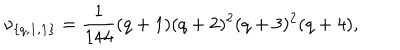
\nu _ { \{ q , { \bf 1 } , { \bf 1 } \} } = { \frac { 1 } { 1 4 4 } } ( q + 1 ) ( q + 2 ) ^ { 2 } ( q + 3 ) ^ { 2 } ( q + 4 ) ,